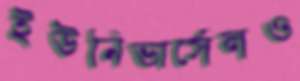
ইউনিভার্সেলও